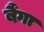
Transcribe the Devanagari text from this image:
बैंगा